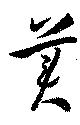
美